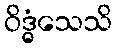
ဝိဒ္ဓံသေသိ